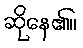
ဆိုနေ၏။